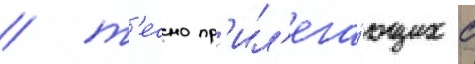
/ т'есно пр'ил'ега́ющих с